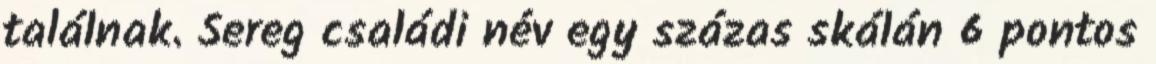
találnak. Sereg családi név egy százas skálán 6 pontos